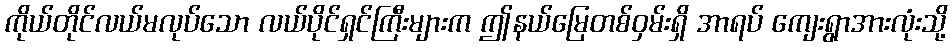
ကိုယ်တိုင်လယ်မလုပ်သော လယ်ပိုင်ရှင်ကြီးများက ဤနယ်မြေတစ်ဝှမ်းရှိ အာရပ် ကျေးရွာအားလုံးသို့